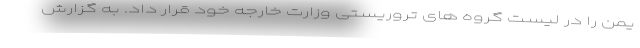
یمن را در لیست گروه های تروریستی وزارت خارجه خود قرار داد. به گزارش